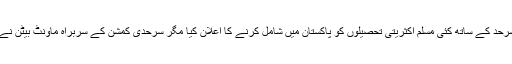
انگریزوں نے قیام پاکستان کے وقت ضلع گورداسپور اور پنجاب کی سرحد کے ساتھ کئی مسلم اکثریتی تحصیلوں کو پاکستان میں شامل کرنے کا اعلان کیا مگر سرحدی کمشن کے سربراہ ماؤنٹ بیٹن نے سازش کی وجہ سے ضلع گورداسپور کو ہندوستان میں شامل کر دیا ۔